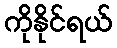
ကိုနိုင်ရယ်